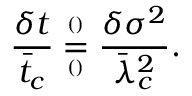
\frac { \delta t } { \bar { t } _ { c } } \overset { ^ { ( ) } } { \underset { ^ { ( ) } } { = } } \frac { \delta \sigma ^ { 2 } } { \bar { \lambda } _ { c } ^ { 2 } } .